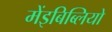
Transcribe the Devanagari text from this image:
मेंइबिब्लियो